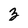
Character: z